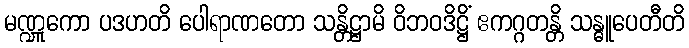
မဏ္ဍူကော ပဒဟတိ ပေါရာဏတော သန္တိဋ္ဌာမိ ဝိဘဝဒိဋ္ဌိံ ဧကဂ္ဂတန္တိ သန္ဓူပေတီတိ